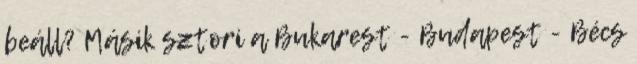
beáll? Másik sztori a Bukarest - Budapest - Bécs